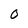
Character: O